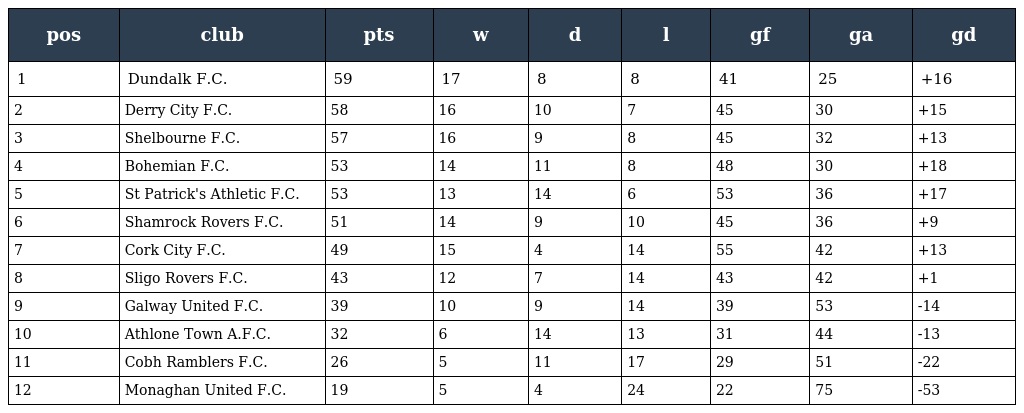
| pos | club | pts | w | d | l | gf | ga | gd |
 | --- | --- | --- | --- | --- | --- | --- | --- | --- |
 | 1 | Dundalk F.C. | 59 | 17 | 8 | 8 | 41 | 25 | +16 |
 | 2 | Derry City F.C. | 58 | 16 | 10 | 7 | 45 | 30 | +15 |
 | 3 | Shelbourne F.C. | 57 | 16 | 9 | 8 | 45 | 32 | +13 |
 | 4 | Bohemian F.C. | 53 | 14 | 11 | 8 | 48 | 30 | +18 |
 | 5 | St Patrick's Athletic F.C. | 53 | 13 | 14 | 6 | 53 | 36 | +17 |
 | 6 | Shamrock Rovers F.C. | 51 | 14 | 9 | 10 | 45 | 36 | +9 |
 | 7 | Cork City F.C. | 49 | 15 | 4 | 14 | 55 | 42 | +13 |
 | 8 | Sligo Rovers F.C. | 43 | 12 | 7 | 14 | 43 | 42 | +1 |
 | 9 | Galway United F.C. | 39 | 10 | 9 | 14 | 39 | 53 | -14 |
 | 10 | Athlone Town A.F.C. | 32 | 6 | 14 | 13 | 31 | 44 | -13 |
 | 11 | Cobh Ramblers F.C. | 26 | 5 | 11 | 17 | 29 | 51 | -22 |
 | 12 | Monaghan United F.C. | 19 | 5 | 4 | 24 | 22 | 75 | -53 |